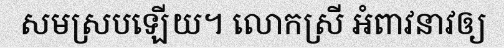
សមស្របឡើយ។ លោកស្រី អំពាវនាវឲ្យ